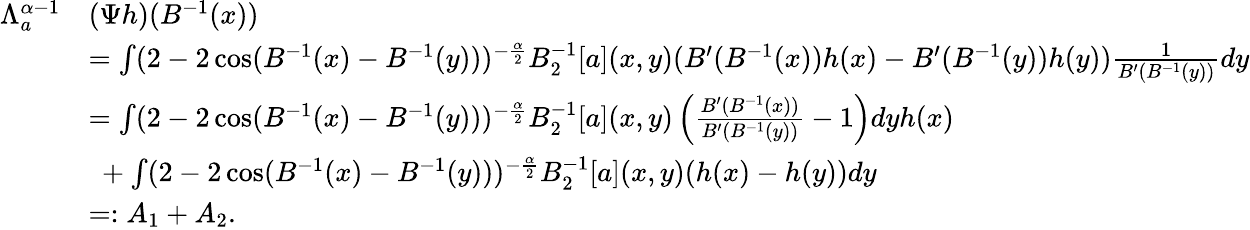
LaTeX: \begin{array}{rl}{\Lambda_{a}^{\alpha-1}}&{(\Psi h)(B^{-1}(x))}\\ &{=\int(2-2\cos(B^{-1}(x)-B^{-1}(y)))^{-\frac{\alpha}{2}}B_{2}^{-1}[a](x,y)(B^{\prime}(B^{-1}(x))h(x)-B^{\prime}(B^{-1}(y))h(y))\frac{1}{B^{\prime}(B^{-1}(y))}dy}\\ &{=\int(2-2\cos(B^{-1}(x)-B^{-1}(y)))^{-\frac{\alpha}{2}}B_{2}^{-1}[a](x,y)\left(\frac{B^{\prime}(B^{-1}(x))}{B^{\prime}(B^{-1}(y))}-1\right)dyh(x)}\\ &{\ +\int(2-2\cos(B^{-1}(x)-B^{-1}(y)))^{-\frac{\alpha}{2}}B_{2}^{-1}[a](x,y)(h(x)-h(y))dy}\\ &{=:A_{1}+A_{2}.}\end{array}